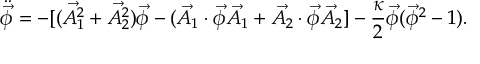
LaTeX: \ddot { \vec { \phi } } = - [ ( \vec { A _ { 1 } ^ { 2 } } + \vec { A _ { 2 } ^ { 2 } } ) \vec { \phi } - ( \vec { A _ { 1 } } \cdot \vec { \phi } \vec { A _ { 1 } } + \vec { A _ { 2 } } \cdot \vec { \phi } \vec { A _ { 2 } } ] - \frac { \kappa } { 2 } \vec { \phi } ( \vec { \phi } ^ { 2 } - 1 ) .